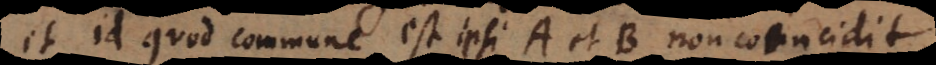
et id quod commune est ipsi A et B non coincidit